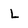
Character: L